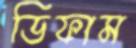
ডিফাম